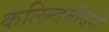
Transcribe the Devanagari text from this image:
कलिन्दनंदिनी